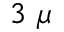
3 \ \mu